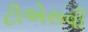
ટીએસવી